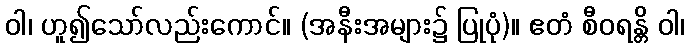
ဝါ၊ ဟူ၍သော်လည်းကောင်။ (အနီးအများ၌ ပြုပုံ)။ ဧတံ စီဝရန္တိ ဝါ၊